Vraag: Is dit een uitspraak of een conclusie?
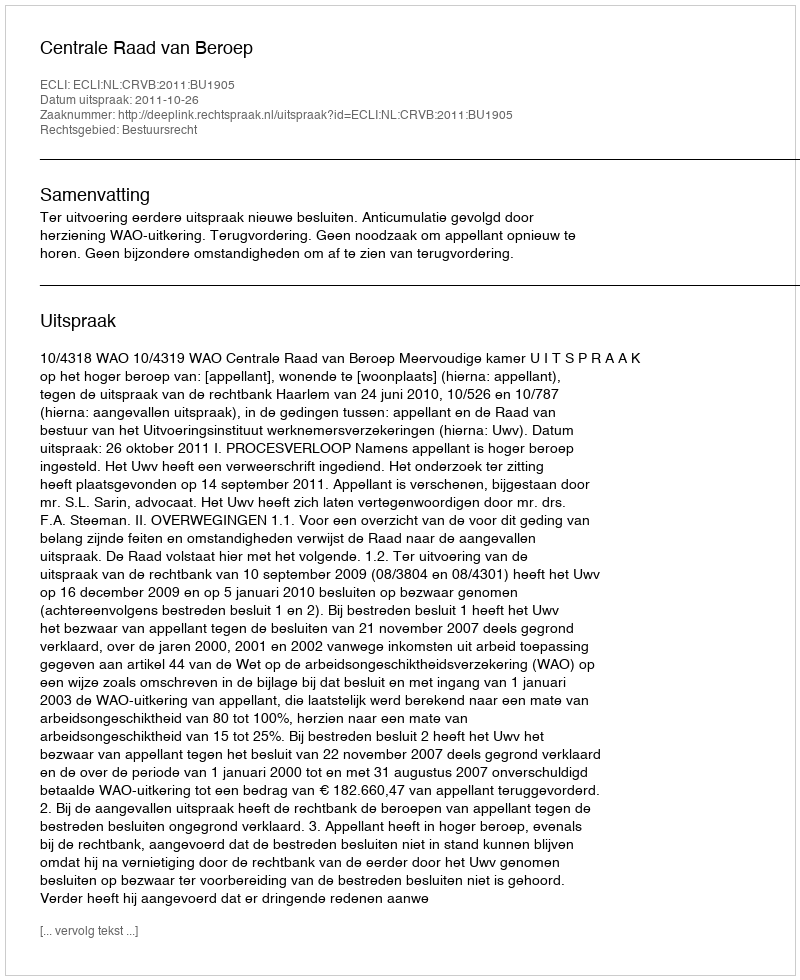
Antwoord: Uitspraak